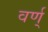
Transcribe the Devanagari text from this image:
वर्ण्